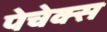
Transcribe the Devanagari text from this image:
पेचेक्स